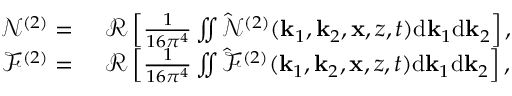
\begin{array} { r l } { \mathcal { N } ^ { ( 2 ) } = ~ } & { \mathcal { R } \left[ \frac { 1 } { 1 6 \pi ^ { 4 } } \iint \hat { \mathcal { N } } ^ { ( 2 ) } ( \mathbf { k } _ { 1 } , \mathbf { k } _ { 2 } , \mathbf { x } , z , t ) \mathrm { d } \mathbf { k } _ { 1 } \mathrm { d } \mathbf { k } _ { 2 } \right] , } \\ { \mathcal { F } ^ { ( 2 ) } = ~ } & { \mathcal { R } \left[ \frac { 1 } { 1 6 \pi ^ { 4 } } \iint \hat { \mathcal { F } } ^ { ( 2 ) } ( \mathbf { k } _ { 1 } , \mathbf { k } _ { 2 } , \mathbf { x } , z , t ) \mathrm { d } \mathbf { k } _ { 1 } \mathrm { d } \mathbf { k } _ { 2 } \right] , } \end{array}